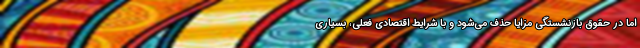
اما در حقوق بازنشستگی مزایا حذف می‌شود و با شرایط اقتصادی فعلی، بسیاری